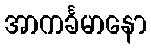
အာကင်္ခမာနော